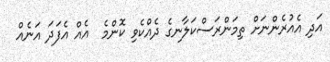
އަދި އެއުރެންނަށް ތިމަންރަސްކަލާނގެ ދެއްކެވި ކޮންމެ  އެއް އެފަދަ އަނެއް